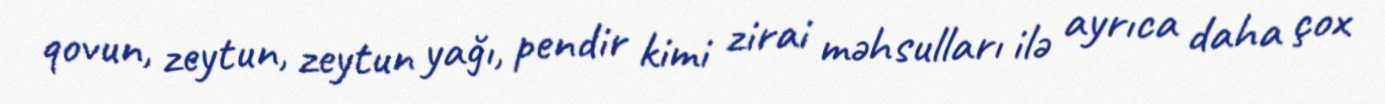
qovun, zeytun, zeytun yağı, pendir kimi zirai məhsulları ilə ayrıca daha çox